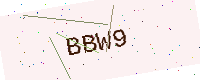
Text: BBW9